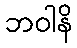
ဘဝါနိ